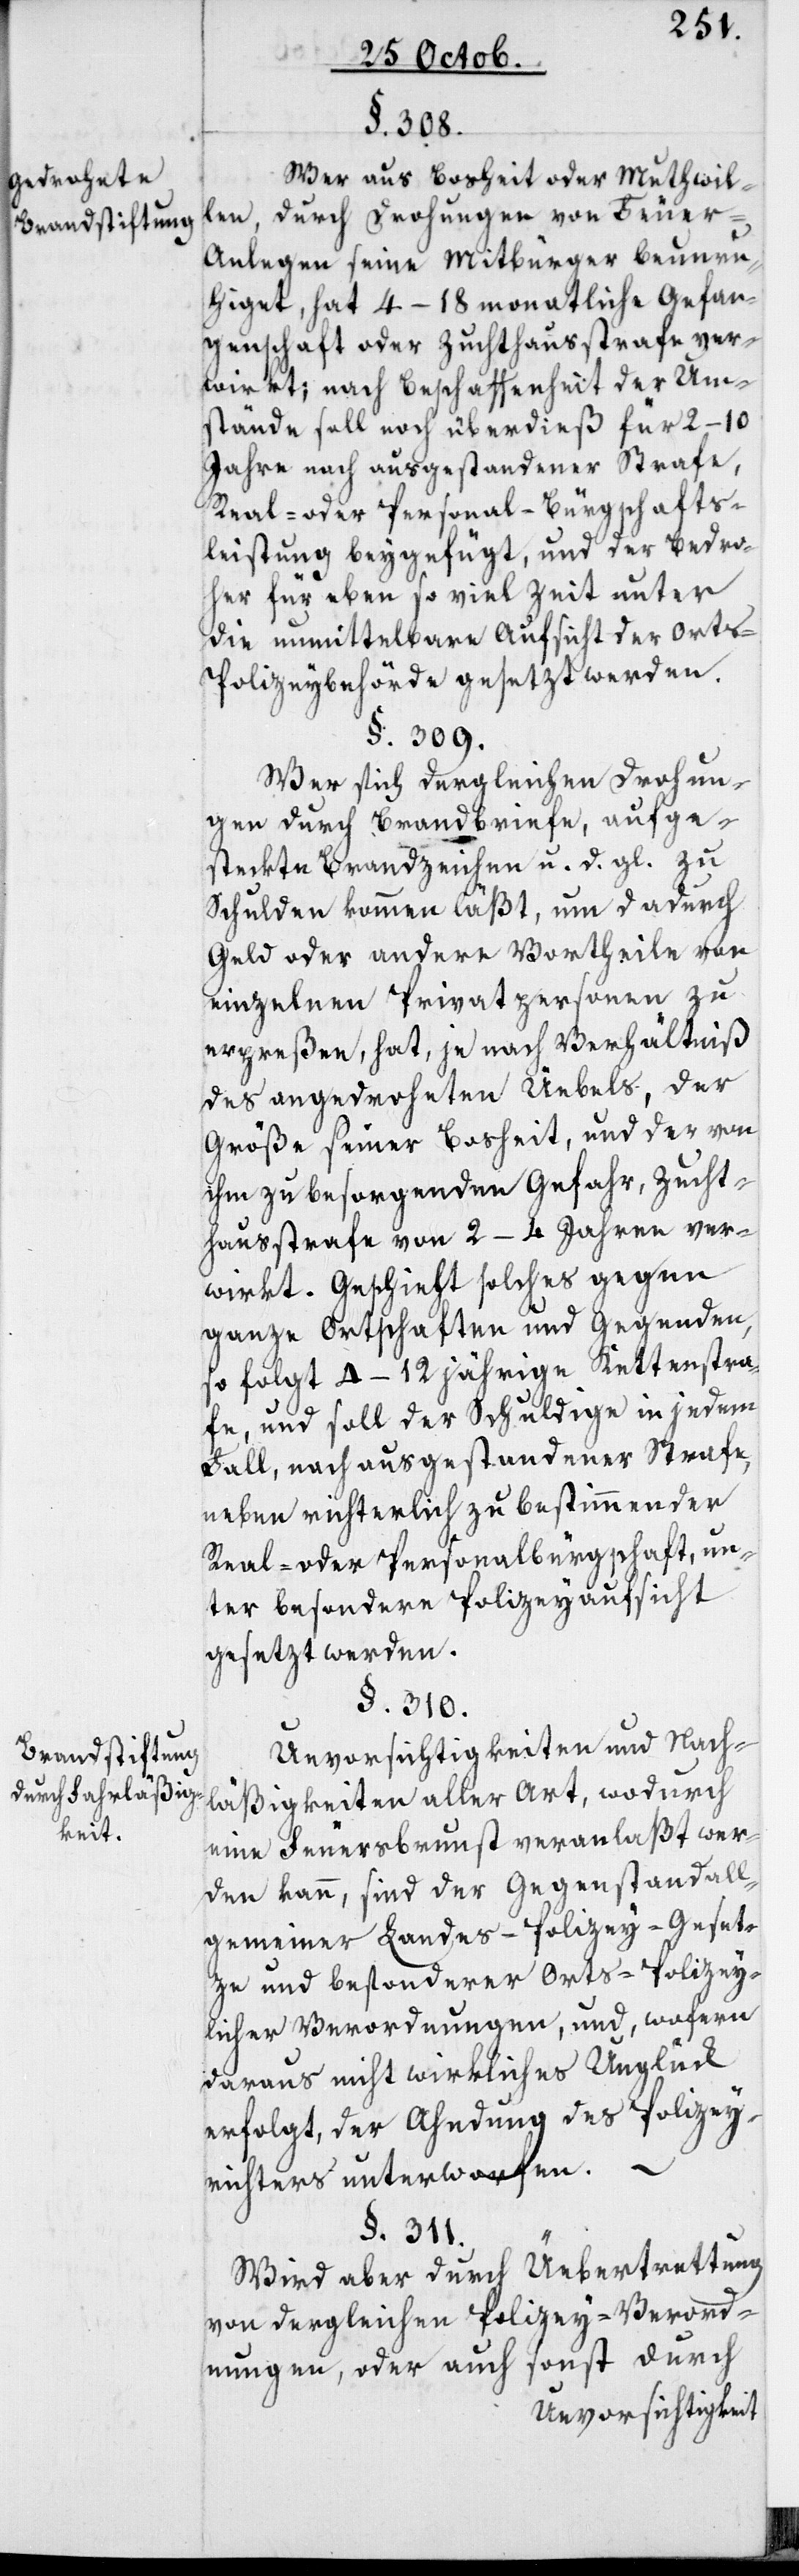
Gedrohte
Brandstiftung
durch Fahrläßig¬
keit.

§. 308.
Wer aus Bosheit oder Muthwil¬
len, durch Drohungen von Feuer-A¬
nlegen seine Mitbürger beunru¬
higet, hat 4–18 monatliche Gefan¬
genschaft oder Zuchthausstrafe ver¬
wirkt; nach Beschaffenheit der Um¬
stände soll noch überdieß für 2–10
Jahre nach ausgestandener Strafe,
Real- oder Personal-Bürgschafts¬
leistung beigefügt, und der Bedro¬
her für eben so viel Zeit unter
die unmittelbare Aufsicht der Ort¬
s-Polizeybehörde gesetzt werden.
§. 309.
Wer sich dergleichen Drohun¬
gen durch Brandbriefe, aufge¬
steckte Brandzeichen u. d. gl. zu
Schulden kommen läßt, und dadurch
Geld oder andere Vortheile von
einzelnen Privatpersonen zu
erpreßen, hat, je nach Verhältniß
des angedroheten Uebels, der
Größe seiner Bosheit und der von
ihm zu besorgenden Gefahr, Zucht¬
hausstrafe von 2–4 Jahren ver¬
wirkt. Geschieht solches gegen
ganze Orthschaften und Gegenden,
so folgt 4–12 jährige Kettenstra¬
fe, und soll der Schuldige in jedem
Fall, nach ausgestandener Strafe,
neben richterlich zu bestimmender
Real- oder Personalbürgschaft, un¬
ter besondere Polizeyaufsicht
gesetzt werden.
§. 310.
Unvorsichtigkeiten und Nach¬
läßigkeiten aller Art, wodurch
eine Feuersbrunst veranlaßt wer¬
den kann, sind der Gegenstand all¬
gemeiner Landes-Polizey-Geset¬
ze und besonderer Orts-Polizey¬
licher Verordnungen, und, wofern
daraus nicht wirkliches Unglück
erfolgt, der Ahndung des Polizey¬
richters unterworfen.
§. 311.
Wird aber durch Übertretung
von dergleichen Polizey-Verord¬
nungen oder auch sonst durch